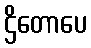
ဌိတောပေ